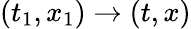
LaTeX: (t_{1},x_{1})\to(t,x)